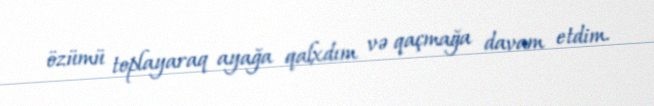
özümü toplayaraq ayağa qalxdım və qaçmağa davam etdim.